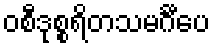
ဝစီဒုစ္စရိတသမင်္ဂီပေ